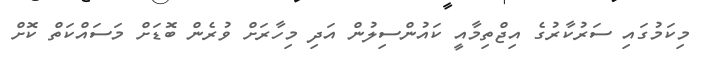
މިކަމުގައި ސަރުކާރުގެ އިޖްތިމާއީ ކައުންސިލުން އަދި މިހާރަށް ވުރެން ބޮޑަށް މަސައްކަތް ކޮށް